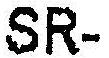
SR-